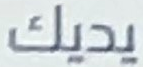
يديك